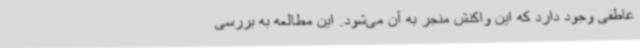
عاطفی وجود دارد که این واکنش منجر به آن می‌شود. این مطالعه به بررسی